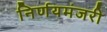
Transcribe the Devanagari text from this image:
निर्णयमंजरी